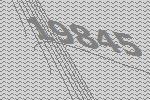
19845